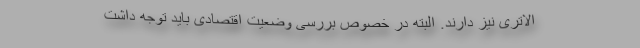
الاتری نیز دارند. البته در خصوص بررسی وضعیت اقتصادی باید توجه داشت